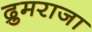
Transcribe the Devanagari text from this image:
द्रुमराजा